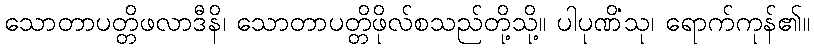
သောတာပတ္တိဖလာဒီနိ၊ သောတာပတ္တိဖိုလ်စသည်တို့သို့။ ပါပုဏိံသု၊ ရောက်ကုန်၏။